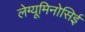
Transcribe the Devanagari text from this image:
लेग्यूमिनोसिई